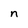
Character: n